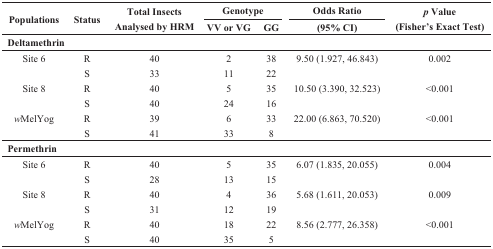
| <ROWSPAN=2> Populations | <ROWSPAN=2> Status | <ROWSPAN=2> Total Insects Analysed by HRM | <COLSPAN=2> Genotype | Odds Ratio | <ROWSPAN=2> p Value (Fisher’s Exact Test) |
 | VV or VG | GG | (95% CI) |
 | --- | --- | --- | --- | --- | --- | --- |
 | <COLSPAN=7> Deltamethrin |
 | Site 6 | R | 40 | 2 | 38 | 9.50 (1.927, 46.843) | 0.002 |
 |  | S | 33 | 11 | 22 |  |  |
 | Site 8 | R | 40 | 5 | 35 | 10.50 (3.390, 32.523) | <0.001 |
 |  | S | 40 | 24 | 16 |  |  |
 | wMelYog | R | 39 | 6 | 33 | 22.00 (6.863, 70.520) | <0.001 |
 |  | S | 41 | 33 | 8 |  |  |
 | <COLSPAN=7> Permethrin |
 | Site 6 | R | 40 | 5 | 35 | 6.07 (1.835, 20.055) | 0.004 |
 |  | S | 28 | 13 | 15 |  |  |
 | Site 8 | R | 40 | 4 | 36 | 5.68 (1.611, 20.053) | 0.009 |
 |  | S | 31 | 12 | 19 |  |  |
 | wMelYog | R | 40 | 18 | 22 | 8.56 (2.777, 26.358) | <0.001 |
 |  | S | 40 | 35 | 5 |  |  |